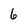
Character: 6